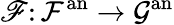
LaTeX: \mathscr{F}\colon{\mathcal{{F}}}^{\mathrm{{an}}}\rightarrow{\mathcal{{G}}}^{\mathrm{{an}}}